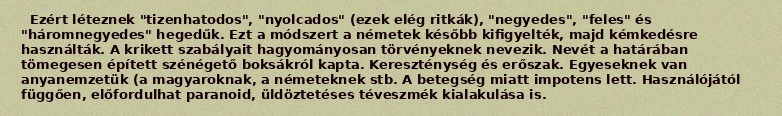
Ezért léteznek "tizenhatodos", "nyolcados" (ezek elég ritkák), "negyedes", "feles" és "háromnegyedes" hegedűk. Ezt a módszert a németek később kifigyelték, majd kémkedésre használták. A krikett szabályait hagyományosan törvényeknek nevezik. Nevét a határában tömegesen épített szénégető boksákról kapta. Kereszténység és erőszak. Egyeseknek van anyanemzetük (a magyaroknak, a németeknek stb. A betegség miatt impotens lett. Használójától függően, előfordulhat paranoid, üldöztetéses téveszmék kialakulása is.